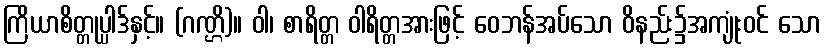
ကြိယာစိတ္တုပ္ပါဒ်နှင့်။ (ဂဏ္ဌိ)။ ဝါ၊ စာရိတ္တ ဝါရိတ္တအားဖြင့် ဝေဘန်အပ်သော ဝိနည်း၌အကျုံးဝင် သော